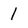
Character: 1